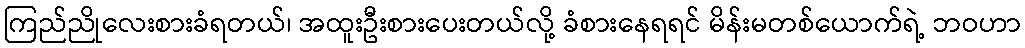
ကြည်ညိုလေးစားခံရတယ်၊ အထူးဦးစားပေးတယ်လို့ ခံစားနေရရင် မိန်းမတစ်ယောက်ရဲ့ ဘဝဟာ